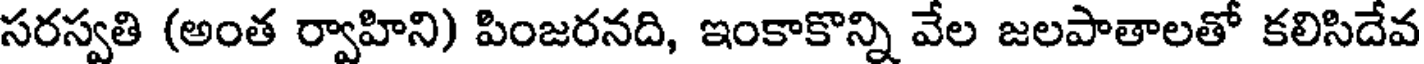
సరస్వతి (అంత ర్వాహిని) పింజరనది, ఇంకాకొన్ని వేల జలపాతాలతో కలిసిదేవ